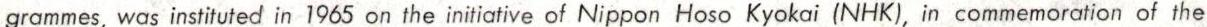
grammes, was instituted in 1965 on the initiative of Nippon Hoso Kyokai (NHK), in commemoration of the